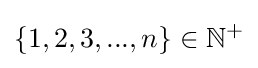
\{1,2,3,...,n\}\in \mathbb {N} ^{+}